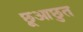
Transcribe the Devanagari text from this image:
छूआछुत